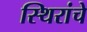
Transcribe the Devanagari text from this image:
स्थिरांचे